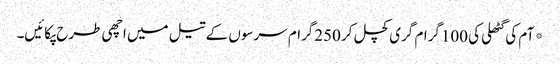
*آم کی گٹھلی کی 100گرام گری کچل کر 250گرام سرسوں کے تیل میں اچھی طرح پکائیں۔